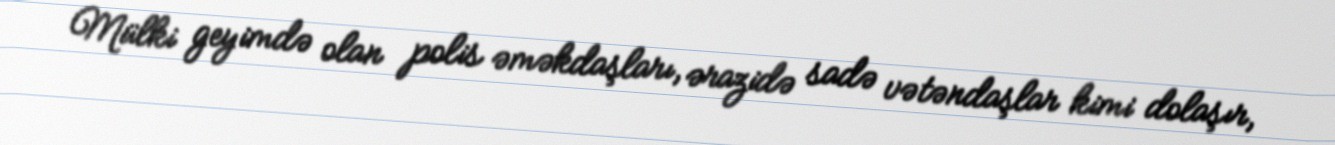
Mülki geyimdə olan polis əməkdaşları, ərazidə sadə vətəndaşlar kimi dolaşır,